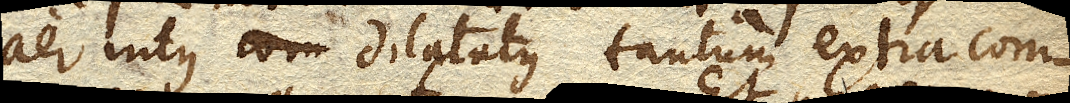
aer intus dilatatus tantum extra com–